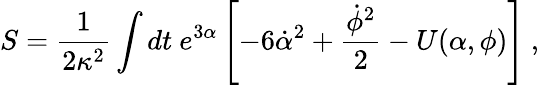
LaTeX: S=\frac{1}{2\kappa^{2}}\int{dt\ e^{3\alpha}\left[-6\dot{\alpha}^{2}+\frac{\dot{\phi}^{2}}{2}-U(\alpha,\phi)\right]}\ ,